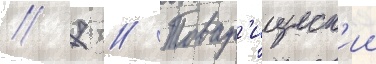
// 7 // Товар'ищеск'ии